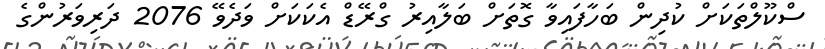
ސްކޫލްތަކަށް ކުދިން ބަހާފައިވާ ގޮތަަށް ބަލާއިރު ގްރޭޑް އެކަކަށް ވަދެވޭ 2076 ދަރިވަރުންގެ